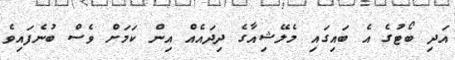
އަދި ބޯޓުގެ އެ ބައިގައި މެލޭޝިއާގެ ދިދައެއް އިން ކަމަށް ވެސް ބުނެފައިވެ